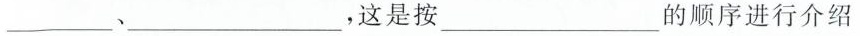
-__、___，这是按___的顺序进行介绍